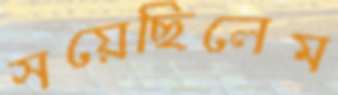
সয়েছিলেম